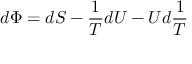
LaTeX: d \Phi = d S - { \frac { 1 } { T } } d U - U d { \frac { 1 } { T } }